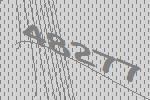
48277